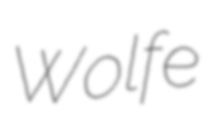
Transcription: Wolfe